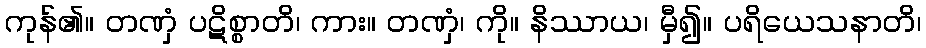
ကုန်၏။ တဏှံ ပဋိစ္စာတိ၊ ကား။ တဏှံ၊ ကို။ နိဿာယ၊ မှီ၍။ ပရိယေသနာတိ၊